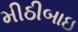
મીઠીબાઇ